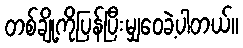
တစ်ချို့ကိုပြန်ပြီးမျှဝေခဲ့ပါတယ်။